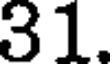
31.